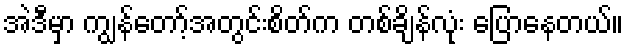
အဲဒီမှာ ကျွန်တော့်အတွင်းစိတ်က တစ်ချိန်လုံး ပြောနေတယ်။